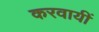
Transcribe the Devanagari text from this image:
करवायीं